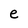
Character: e